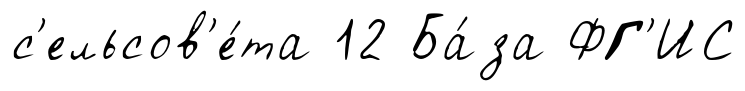
с'ельсов'е́та 12 Ба́за ФГ'ИС